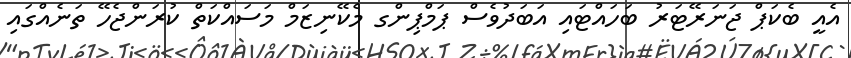
އެއީ ބެކަޕް ޖަނަރޭޓަރު ބަހައްޓައި އަބަދުވެސް ޕަމްޕިންގ މެކޭނިޒަމް މަސައްކަތް ކުރަންޖެހޭ ތަނެއްގައި